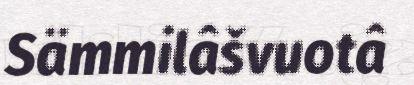
Sämmilâšvuotâ